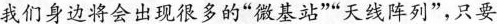
我们身边将会出现很多的”微基站””天线阵列”，只要